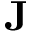
{ \bf J }